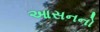
આસનનો